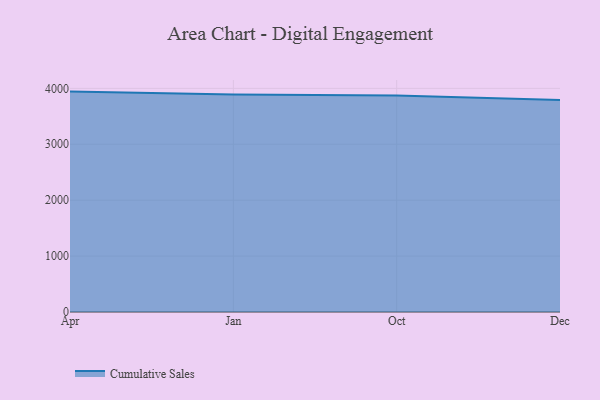
{"axis": {"x": "Month", "y": "Customer Acquisition Cost (USD)"}, "legend": ["Cumulative Sales"], "data": [{"x": "Apr", "y": 3941.7, "type": "Cumulative Sales"}, {"x": "Jan", "y": 3891.9, "type": "Cumulative Sales"}, {"x": "Oct", "y": 3871.6, "type": "Cumulative Sales"}, {"x": "Dec", "y": 3790.3, "type": "Cumulative Sales"}]}